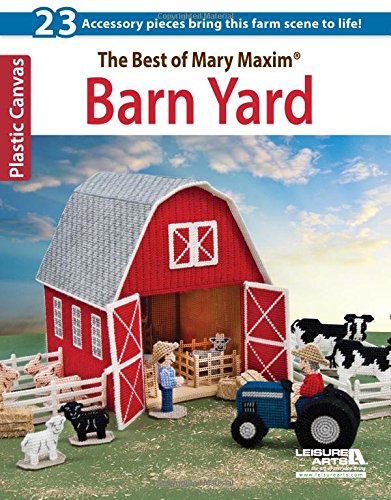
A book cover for Barn Yard (6467); Mary Maxim; Crafts, Hobbies & Home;